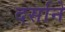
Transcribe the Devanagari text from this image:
दर्साने